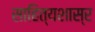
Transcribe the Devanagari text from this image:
साहित्यशास्र